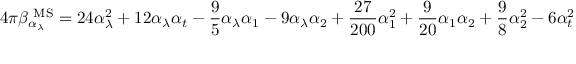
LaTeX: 4 \pi \beta _ { \alpha _ { \lambda } } ^ { \mathrm { { \scriptsize ~ M S } } } = 2 4 \alpha _ { \lambda } ^ { 2 } + 1 2 \alpha _ { \lambda } \alpha _ { t } - \frac { 9 } { 5 } \alpha _ { \lambda } \alpha _ { 1 } - 9 \alpha _ { \lambda } \alpha _ { 2 } + \frac { 2 7 } { 2 0 0 } \alpha _ { 1 } ^ { 2 } + \frac { 9 } { 2 0 } \alpha _ { 1 } \alpha _ { 2 } + \frac { 9 } { 8 } \alpha _ { 2 } ^ { 2 } - 6 \alpha _ { t } ^ { 2 }